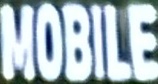
MOBILE